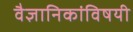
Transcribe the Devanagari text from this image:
वैज्ञानिकांविषयी